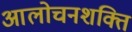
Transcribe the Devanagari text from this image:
आलोचनशक्ति